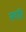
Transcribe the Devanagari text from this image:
सर्वांचें